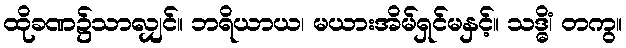
ထိုခဏ၌သာလျှင်။ ဘရိယာယ၊ မယားအိမ်ရှင်မနှင့်။ သဒ္ဓိံ၊ တကွ။